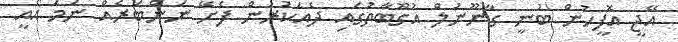
އޭޖީ އޮފީހުން ބުނީ ގާނޫނުލް އުގޫބާތުގައި ދެއަކުރުން ފެށޭ ނަންބަރެއް ނަމަ އެއީ